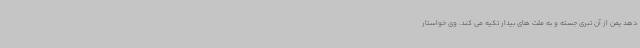
دهد یمن از آن تبری جسته و به ملت های بیدار تکیه می کند. وی خواستار